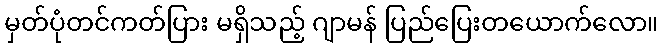
မှတ်ပုံတင်ကတ်ပြား မရှိသည့် ဂျာမန် ပြည်ပြေးတယောက်လော။